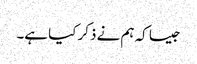
جیسا کہ ہم نے ذکر کیا ہے۔